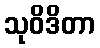
သုဝိဒိတာ